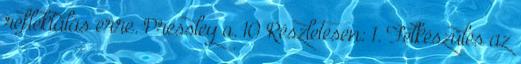
reflektálás erre. Pressley o. 10 Részletesen: 1. Felkészülés az